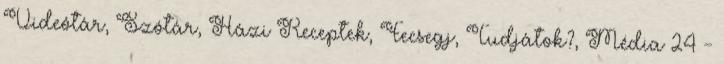
Videótár, Szótár, Házi Receptek, Fecsegj, Tudjátok?, Média 24 -